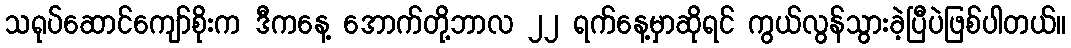
သရုပ်ဆောင်ကျော်စိုးက ဒီကနေ့ အောက်တို့ဘာလ ၂၂ ရက်နေ့မှာဆိုရင် ကွယ်လွန်သွားခဲ့ပြီပဲဖြစ်ပါတယ်။